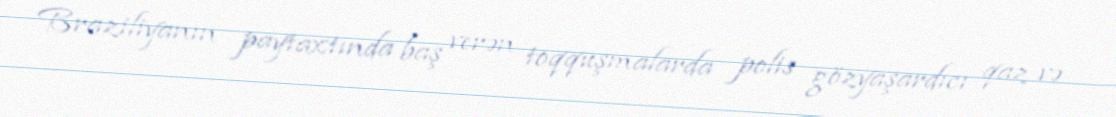
Braziliyanın paytaxtında baş verən toqquşmalarda polis gözyaşardıcı qaz və